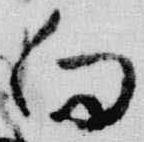
向